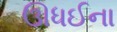
ઊધઈના